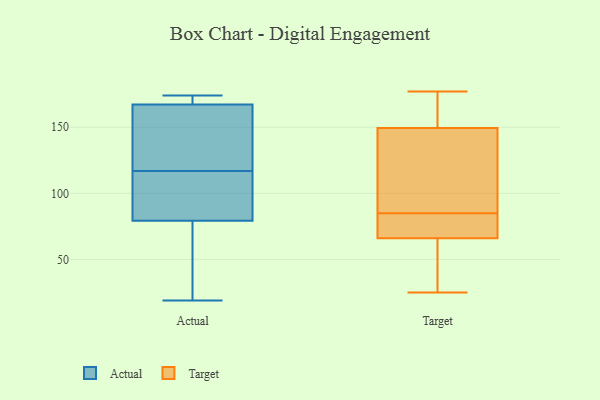
{"axis": {"x": "Active Users", "y": "Value"}, "legend": ["Actual", "Target"], "data": [{"x": "", "y": 108, "type": "Actual"}, {"x": "", "y": 169, "type": "Actual"}, {"x": "", "y": 174, "type": "Actual"}, {"x": "", "y": 174, "type": "Actual"}, {"x": "", "y": 162, "type": "Actual"}, {"x": "", "y": 104, "type": "Actual"}, {"x": "", "y": 23, "type": "Actual"}, {"x": "", "y": 19, "type": "Actual"}, {"x": "", "y": 71, "type": "Actual"}, {"x": "", "y": 126, "type": "Actual"}, {"x": "", "y": 117, "type": "Actual"}, {"x": "", "y": 25, "type": "Target"}, {"x": "", "y": 143, "type": "Target"}, {"x": "", "y": 81, "type": "Target"}, {"x": "", "y": 64, "type": "Target"}, {"x": "", "y": 71, "type": "Target"}, {"x": "", "y": 100, "type": "Target"}, {"x": "", "y": 68, "type": "Target"}, {"x": "", "y": 177, "type": "Target"}, {"x": "", "y": 89, "type": "Target"}, {"x": "", "y": 173, "type": "Target"}, {"x": "", "y": 40, "type": "Target"}, {"x": "", "y": 156, "type": "Target"}]}